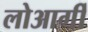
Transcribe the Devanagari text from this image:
लोआर्गी